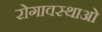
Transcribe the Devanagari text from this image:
रोगावस्थाओं